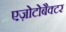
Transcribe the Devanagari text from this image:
एज़ोटोबैक्टर